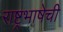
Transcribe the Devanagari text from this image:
राष्ट्रभाषेची